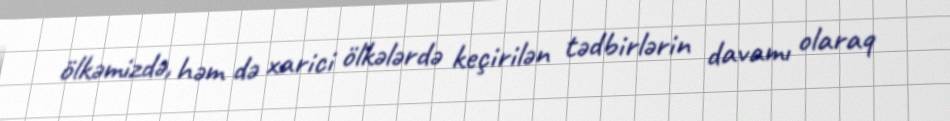
ölkəmizdə, həm də xarici ölkələrdə keçirilən tədbirlərin davamı olaraq